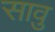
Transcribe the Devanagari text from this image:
सावु